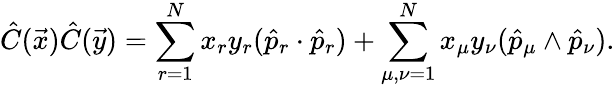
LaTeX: \hat{C}(\vec{x})\hat{C}(\vec{y})=\sum_{r=1}^{N}x_{r}y_{r}(\hat{p}_{r}\cdot\hat{p}_{r})+\sum_{\mu,\nu=1}^{N}x_{\mu}y_{\nu}(\hat{p}_{\mu}\wedge\hat{p}_{\nu}).